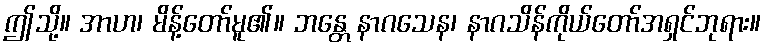
ဤသို့။ အာဟ၊ မိန့်တော်မူ၏။ ဘန္တေ နာဂသေန၊ နာဂသိန်ကိုယ်တော်အရှင်ဘုရား။